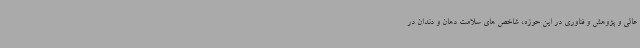
عالی و پژوهش و فناوری در این حوزه، شاخص های سلامت دهان و دندان در